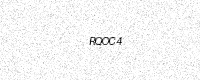
Text: RQOC4